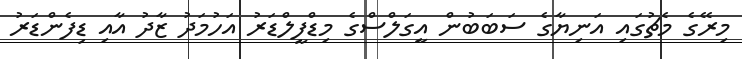
މިރޭގެ މެޗުގައި އަނިޔާގެ ސަބަބުން އީގަލްސްގެ މިޑްފީލްޑަރު އަހުމަދު ޒާދު އާއި ޑިފެންޑަރު